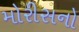
મોરીસનો